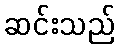
ဆင်းသည်